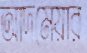
আদমেয়ার